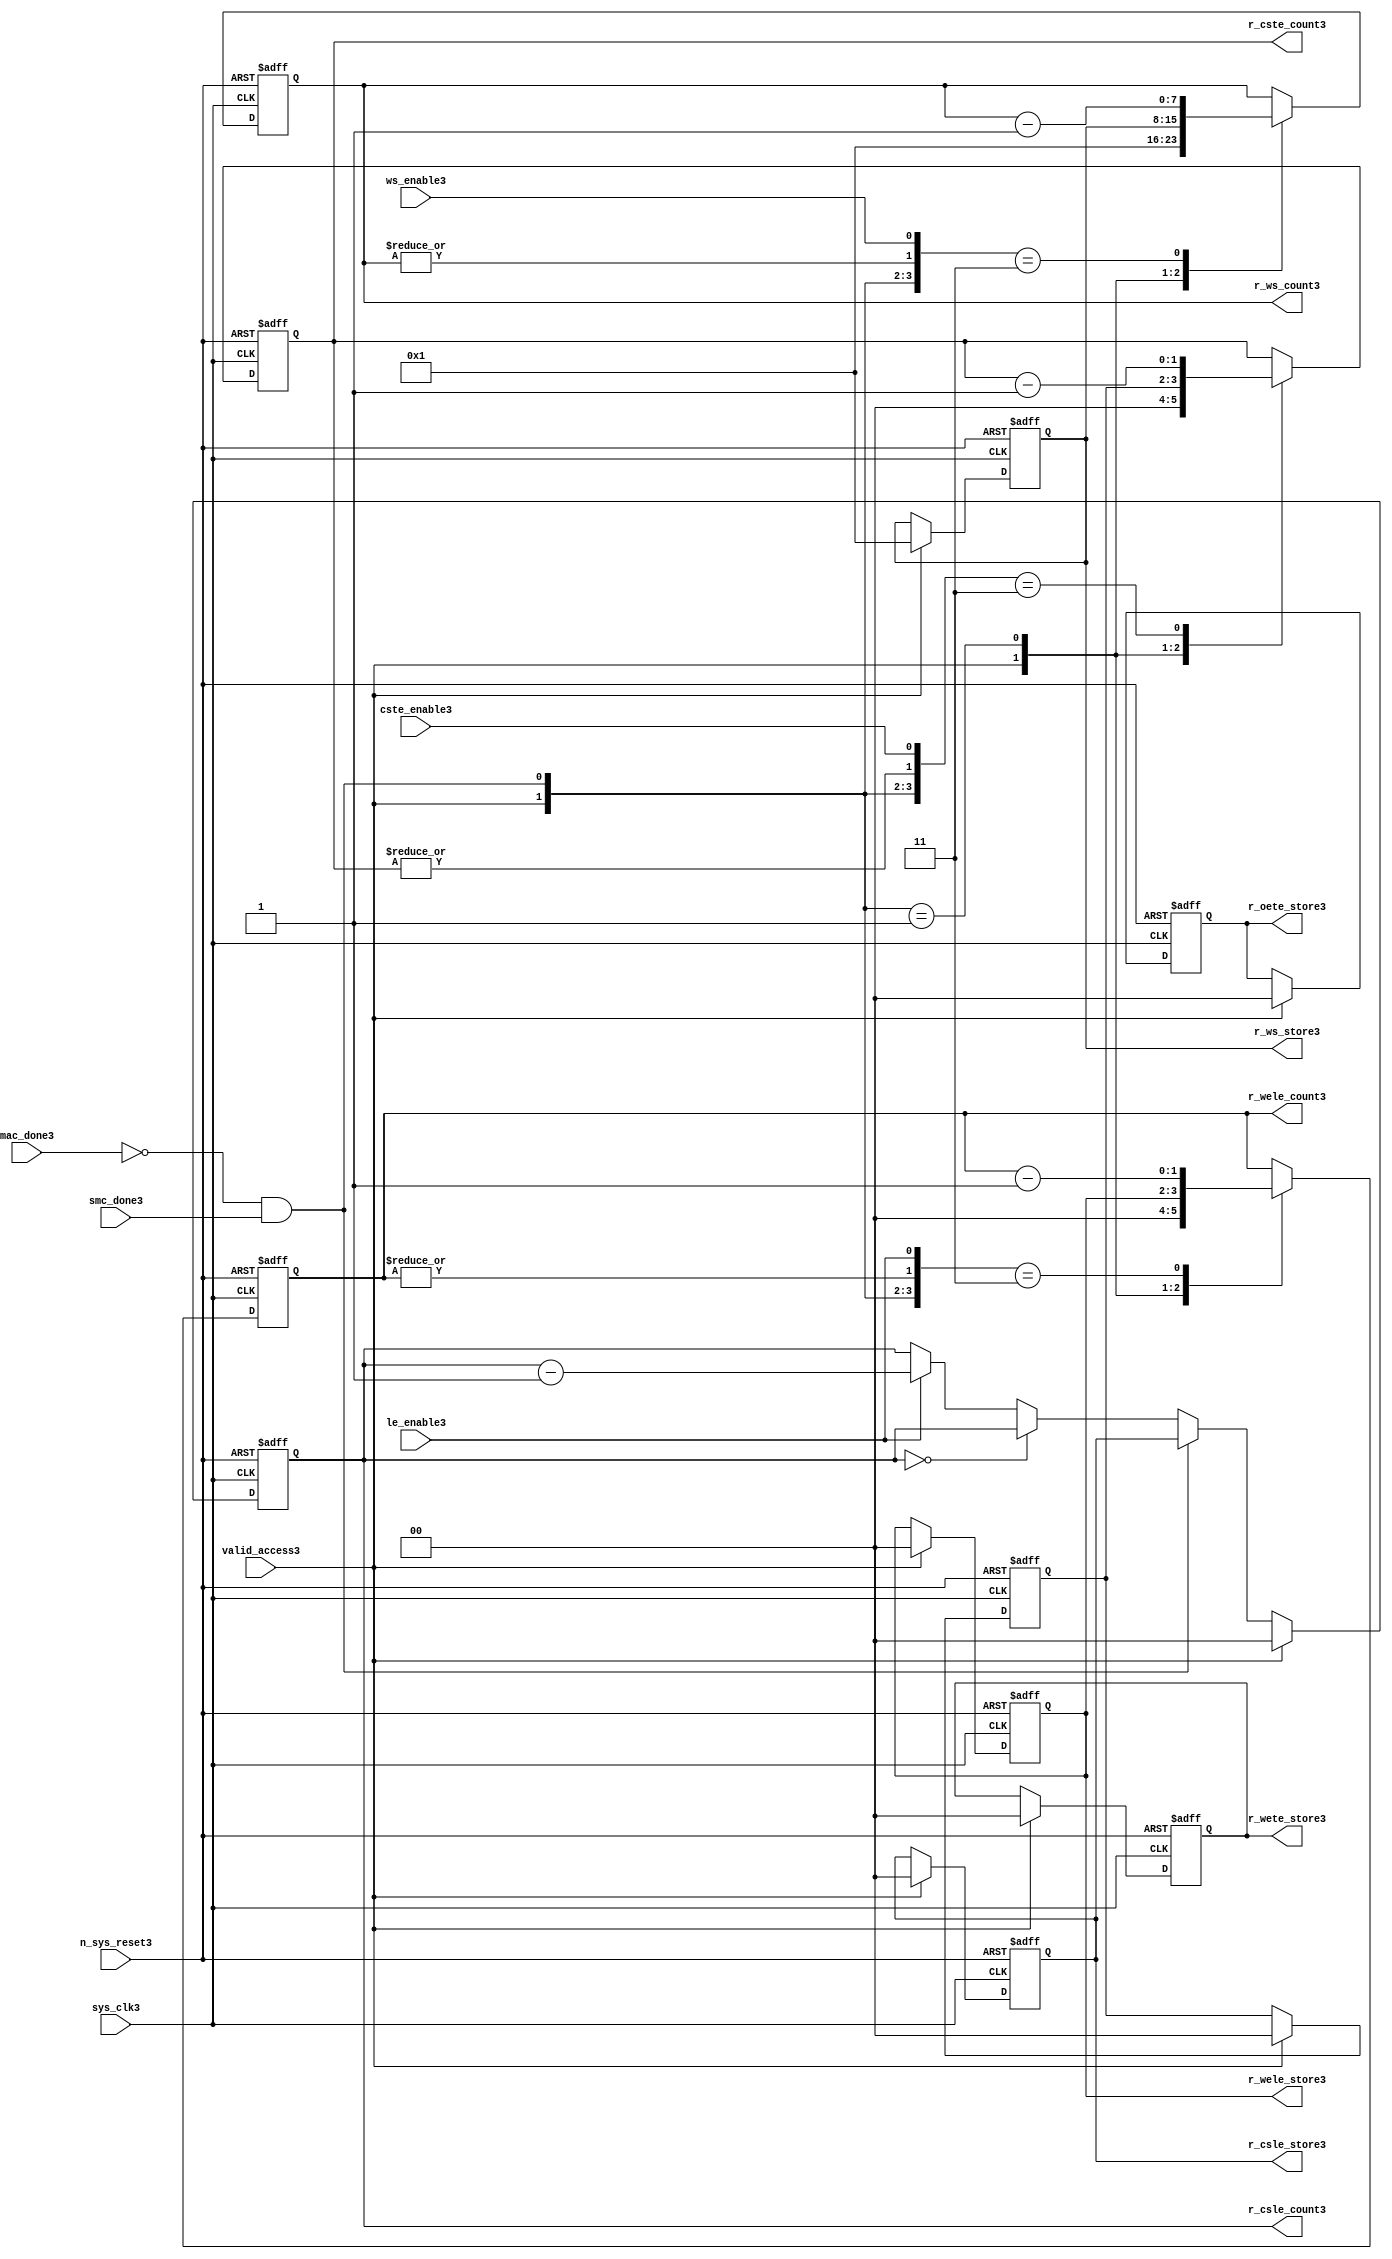
//File3 name   : smc_counter_lite3.v
//Title3       : 
//Created3     : 1999
//Description3 : Counter3 block.
//            : Static3 Memory Controller3.
//            : The counter block provides3 generates3 all cycle timings3
//            : The leading3 edge counts3 are individual3 2bit, loadable3,
//            : counters3. The wait state counter is a count down
//            : counter with a maximum size of 5 bits. The trailing3
//            : edge counts3 are registered for comparison3 with the
//            : wait state counter. The bus float3 (CSTE3) is a
//            : separate3 2bit counter. The initial count values are
//            : stored3 and reloaded3 into the counters3 if multiple
//            : accesses are required3.
//Notes3       : 
//----------------------------------------------------------------------
//   Copyright3 1999-2010 Cadence3 Design3 Systems3, Inc3.
//   All Rights3 Reserved3 Worldwide3
//
//   Licensed3 under the Apache3 License3, Version3 2.0 (the
//   "License3"); you may not use this file except3 in
//   compliance3 with the License3.  You may obtain3 a copy of
//   the License3 at
//
//       http3://www3.apache3.org3/licenses3/LICENSE3-2.0
//
//   Unless3 required3 by applicable3 law3 or agreed3 to in
//   writing, software3 distributed3 under the License3 is
//   distributed3 on an "AS3 IS3" BASIS3, WITHOUT3 WARRANTIES3 OR3
//   CONDITIONS3 OF3 ANY3 KIND3, either3 express3 or implied3.  See
//   the License3 for the specific3 language3 governing3
//   permissions3 and limitations3 under the License3.
//----------------------------------------------------------------------


module smc_counter_lite3  (
                     //inputs3

                     sys_clk3,
                     n_sys_reset3,
                     valid_access3,
                     mac_done3, 
                     smc_done3, 
                     cste_enable3, 
                     ws_enable3,
                     le_enable3, 

                     //outputs3

                     r_csle_count3,
                     r_wele_count3,
                     r_ws_count3,
                     r_ws_store3,
                     r_oete_store3,
                     r_wete_store3,
                     r_wele_store3,
                     r_cste_count3,
                     r_csle_store3);
   

//----------------------------------------------------------------------
// the Wait3 State3 Counter3
//----------------------------------------------------------------------
   
   
   // I3/O3
   
   input     sys_clk3;                  // AHB3 System3 clock3
   input     n_sys_reset3;              // AHB3 System3 reset (Active3 LOW3)
   
   input     valid_access3;             // load3 values are valid if high3
   input     mac_done3;                 // All cycles3 in a multiple access

   //  completed
   
   input                 smc_done3;   // one access completed
   input                 cste_enable3;// Enable3 CS3 Trailing3 Edge3 counter
   input                 ws_enable3;  // Enable3 Wait3 State3 counter
   input                 le_enable3;  // Enable3 all Leading3 Edge3 counters3
   
   // Counter3 outputs3
   
   output [1:0]             r_csle_count3;  //chip3 select3 leading3
                                             //  edge count
   output [1:0]             r_wele_count3;  //write strobe3 leading3 
                                             // edge count
   output [7:0] r_ws_count3;    //wait state count
   output [1:0]             r_cste_count3;  //chip3 select3 trailing3 
                                             // edge count
   
   // Stored3 counts3 for MAC3
   
   output [1:0]             r_oete_store3;  //read strobe3
   output [1:0]             r_wete_store3;  //write strobe3 trailing3 
                                              // edge store3
   output [7:0] r_ws_store3;    //wait state store3
   output [1:0]             r_wele_store3;  //write strobe3 leading3
                                             //  edge store3
   output [1:0]             r_csle_store3;  //chip3 select3  leading3
                                             //  edge store3
   
   
   // Counters3
   
   reg [1:0]             r_csle_count3;  // Chip3 select3 LE3 counter
   reg [1:0]             r_wele_count3;  // Write counter
   reg [7:0] r_ws_count3;    // Wait3 state select3 counter
   reg [1:0]             r_cste_count3;  // Chip3 select3 TE3 counter
   
   
   // These3 strobes3 finish early3 so no counter is required3. 
   // The stored3 value is compared with WS3 counter to determine3 
   // when the strobe3 should end.

   reg [1:0]    r_wete_store3;    // Write strobe3 TE3 end time before CS3
   reg [1:0]    r_oete_store3;    // Read strobe3 TE3 end time before CS3
   
   
   // The following3 four3 regisrers3 are used to store3 the configuration
   // during mulitple3 accesses. The counters3 are reloaded3 from these3
   // registers before each cycle.
   
   reg [1:0]             r_csle_store3;    // Chip3 select3 LE3 store3
   reg [1:0]             r_wele_store3;    // Write strobe3 LE3 store3
   reg [7:0] r_ws_store3;      // Wait3 state store3
   reg [1:0]             r_cste_store3;    // Chip3 Select3 TE3 delay
                                          //  (Bus3 float3 time)

   // wires3 used for meeting3 coding3 standards3
   
   wire         ws_count3;      //ORed3 r_ws_count3
   wire         wele_count3;    //ORed3 r_wele_count3
   wire         cste_count3;    //ORed3 r_cste_count3
   wire         mac_smc_done3;  //ANDed3 smc_done3 and not(mac_done3)
   wire [4:0]   case_cste3;     //concatenated3 signals3 for case statement3
   wire [4:0]   case_wele3;     //concatenated3 signals3 for case statement3
   wire [4:0]   case_ws3;       //concatenated3 signals3 for case statement3
   
   
   
   // Main3 Code3
   
//----------------------------------------------------------------------
// Counters3 (& Count3 Store3 for MAC3)
//----------------------------------------------------------------------


//----------------------------------------------------------------------
// WETE3 Store3
//----------------------------------------------------------------------

always @(posedge sys_clk3 or negedge n_sys_reset3)

begin   

   if (~(n_sys_reset3))
     
      r_wete_store3 <= 2'b00;
   
   
   else if (valid_access3)
     
      r_wete_store3 <= 2'b0;
   
   else
     
      r_wete_store3 <= r_wete_store3;

end
   
//----------------------------------------------------------------------
// OETE3 Store3
//----------------------------------------------------------------------

always @(posedge sys_clk3 or negedge n_sys_reset3)

begin   

   if (~(n_sys_reset3))
     
      r_oete_store3 <= 2'b00;
   
   
   else if (valid_access3)
     
      r_oete_store3 <= 2'b0;
   
   else

      r_oete_store3 <= r_oete_store3;

end
   
//----------------------------------------------------------------------
// CSLE3 Store3
//----------------------------------------------------------------------

always @(posedge sys_clk3 or negedge n_sys_reset3)

begin   

   if (~(n_sys_reset3))
     
      r_csle_store3 <= 2'b00;
   
   
   else if (valid_access3)
     
      r_csle_store3 <= 2'b00;
   
   else
     
      r_csle_store3 <= r_csle_store3;

end
   
//----------------------------------------------------------------------
// CSLE3 Counter3
//----------------------------------------------------------------------

always @(posedge sys_clk3 or negedge n_sys_reset3)

begin   

   if (~(n_sys_reset3))
     
      r_csle_count3 <= 2'b00;
   
   
   else
   begin
        
      if (valid_access3)
        
         r_csle_count3 <= 2'b00;
      
      else if (~(mac_done3) & smc_done3)
        
         r_csle_count3 <= r_csle_store3;
      
      else if (r_csle_count3 == 2'b00)
        
         r_csle_count3 <= r_csle_count3;
      
      else if (le_enable3)               
        
         r_csle_count3 <= r_csle_count3 - 2'd1;
      
      else
        
          r_csle_count3 <= r_csle_count3;
      
     end

end
   
   
//----------------------------------------------------------------------
// CSTE3 Store3
//----------------------------------------------------------------------

always @(posedge sys_clk3 or negedge n_sys_reset3)

begin   

   if (~(n_sys_reset3))

      r_cste_store3 <= 2'b00;

   else if (valid_access3)

      r_cste_store3 <= 2'b0;

   else

      r_cste_store3 <= r_cste_store3;

end
   
   
   
//----------------------------------------------------------------------
//concatenation3 of signals3 to avoid using nested3 ifs3
//----------------------------------------------------------------------

 assign mac_smc_done3 = (~(mac_done3) & smc_done3);
 assign cste_count3   = (|r_cste_count3);           //checks3 for count = 0
 assign case_cste3   = {1'b0,valid_access3,mac_smc_done3,cste_count3,
                       cste_enable3};
   
//----------------------------------------------------------------------
//CSTE3 COUNTER3
//----------------------------------------------------------------------

always @(posedge sys_clk3 or negedge n_sys_reset3)

begin   

   if (~(n_sys_reset3))

      r_cste_count3 <= 2'b00;

   else 
   begin
      casex(case_cste3)
           
        5'b1xxxx:        r_cste_count3 <= r_cste_count3;

        5'b01xxx:        r_cste_count3 <= 2'b0;

        5'b001xx:        r_cste_count3 <= r_cste_store3;

        5'b0000x:        r_cste_count3 <= r_cste_count3;

        5'b00011:        r_cste_count3 <= r_cste_count3 - 2'd1;

        default :        r_cste_count3 <= r_cste_count3;

      endcase // casex(w_cste_case3)
      
   end
   
end

//----------------------------------------------------------------------
// WELE3 Store3
//----------------------------------------------------------------------

always @(posedge sys_clk3 or negedge n_sys_reset3)

begin   

   if (~(n_sys_reset3))

      r_wele_store3 <= 2'b00;


   else if (valid_access3)

      r_wele_store3 <= 2'b00;

   else

      r_wele_store3 <= r_wele_store3;

end
   
   
   
//----------------------------------------------------------------------
//concatenation3 of signals3 to avoid using nested3 ifs3
//----------------------------------------------------------------------
   
   assign wele_count3   = (|r_wele_count3);         //checks3 for count = 0
   assign case_wele3   = {1'b0,valid_access3,mac_smc_done3,wele_count3,
                         le_enable3};
   
//----------------------------------------------------------------------
// WELE3 Counter3
//----------------------------------------------------------------------

always @(posedge sys_clk3 or negedge n_sys_reset3)

begin   
   if (~(n_sys_reset3))

      r_wele_count3 <= 2'b00;

   else
   begin

      casex(case_wele3)

        5'b1xxxx :  r_wele_count3 <= r_wele_count3;

        5'b01xxx :  r_wele_count3 <= 2'b00;

        5'b001xx :  r_wele_count3 <= r_wele_store3;

        5'b0000x :  r_wele_count3 <= r_wele_count3;

        5'b00011 :  r_wele_count3 <= r_wele_count3 - (2'd1);

        default  :  r_wele_count3 <= r_wele_count3;

      endcase // casex(case_wele3)

   end

end
   
//----------------------------------------------------------------------
// WS3 Store3
//----------------------------------------------------------------------

always @(posedge sys_clk3 or negedge n_sys_reset3)
  
begin   

   if (~(n_sys_reset3))

      r_ws_store3 <= 8'd0;


   else if (valid_access3)

      r_ws_store3 <= 8'h01;

   else

      r_ws_store3 <= r_ws_store3;

end
   
   
   
//----------------------------------------------------------------------
//concatenation3 of signals3 to avoid using nested3 ifs3
//----------------------------------------------------------------------
   
   assign ws_count3   = (|r_ws_count3); //checks3 for count = 0
   assign case_ws3   = {1'b0,valid_access3,mac_smc_done3,ws_count3,
                       ws_enable3};
   
//----------------------------------------------------------------------
// WS3 Counter3
//----------------------------------------------------------------------

always @(posedge sys_clk3 or negedge n_sys_reset3)

begin   

   if (~(n_sys_reset3))

      r_ws_count3 <= 8'd0;

   else  
   begin
   
      casex(case_ws3)
 
         5'b1xxxx :  
            r_ws_count3 <= r_ws_count3;
        
         5'b01xxx :
            r_ws_count3 <= 8'h01;
        
         5'b001xx :  
            r_ws_count3 <= r_ws_store3;
        
         5'b0000x :  
            r_ws_count3 <= r_ws_count3;
        
         5'b00011 :  
            r_ws_count3 <= r_ws_count3 - 8'd1;
        
         default  :  
            r_ws_count3 <= r_ws_count3;

      endcase // casex(case_ws3)
      
   end
   
end  
   
   
endmodule